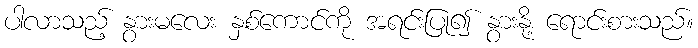
ပါလာသည့် နွားမလေး နှစ်ကောင်ကို အရင်းပြု၍ နွားနို့ ရောင်းစားသည်။